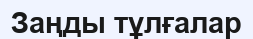
Заңды тұлғалар